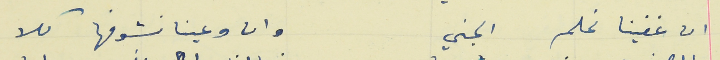
ان غفينا نحلم الجني                                               وانا وعينا نشوفها كلا